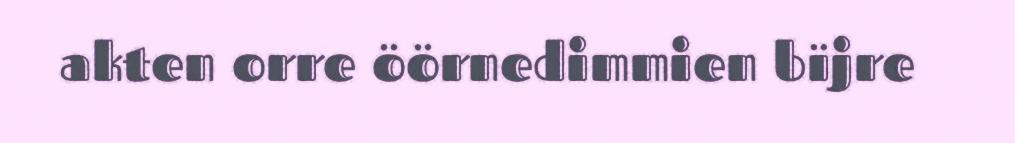
akten orre öörnedimmien bïjre